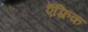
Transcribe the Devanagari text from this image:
ऍफ़्रिक